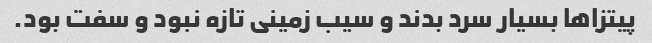
پیتزا‌ها بسیار سرد بدند و سیب زمینی تازه نبود و سفت بود.